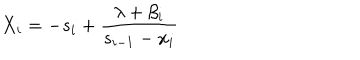
X _ { i } = - s _ { i } + \frac { \lambda + \beta _ { i } } { s _ { i - 1 } - x _ { i } } \,